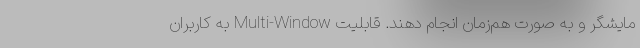
مایشگر و به صورت هم‌زمان انجام دهند. قابلیت Multi-Window به کاربران